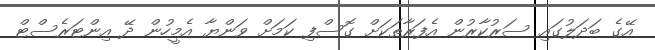
އޭގެ ބަދަލުގައި ސަރުކާރުން އެފަރާތަކަށް ގޮސްފި ކަމަށް ވަންޔާ އެމީހުން ދޭ އިންޓަރެސްޓް